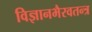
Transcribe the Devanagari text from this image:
विज्ञानभैरवतन्त्र